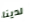
لدينا